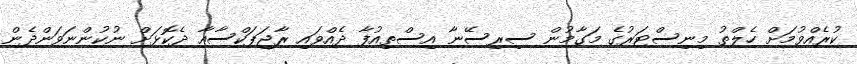
ކުރެއްވުމަށް ހެލްތު މިނިސްޓަރުގެ މަގާމުން ސިރިސޭނާ އިސްތިއުފާ ދެއްވައި ރާޖަޕަކްސާއާ ދެކޮޅަށް ނުކުންނަވަންދެން